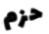
حزم